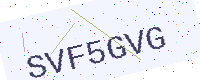
Text: SVF5GVG